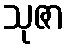
သုဇာ